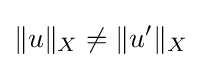
\|u\|_{X}\neq \|u'\|_{X}